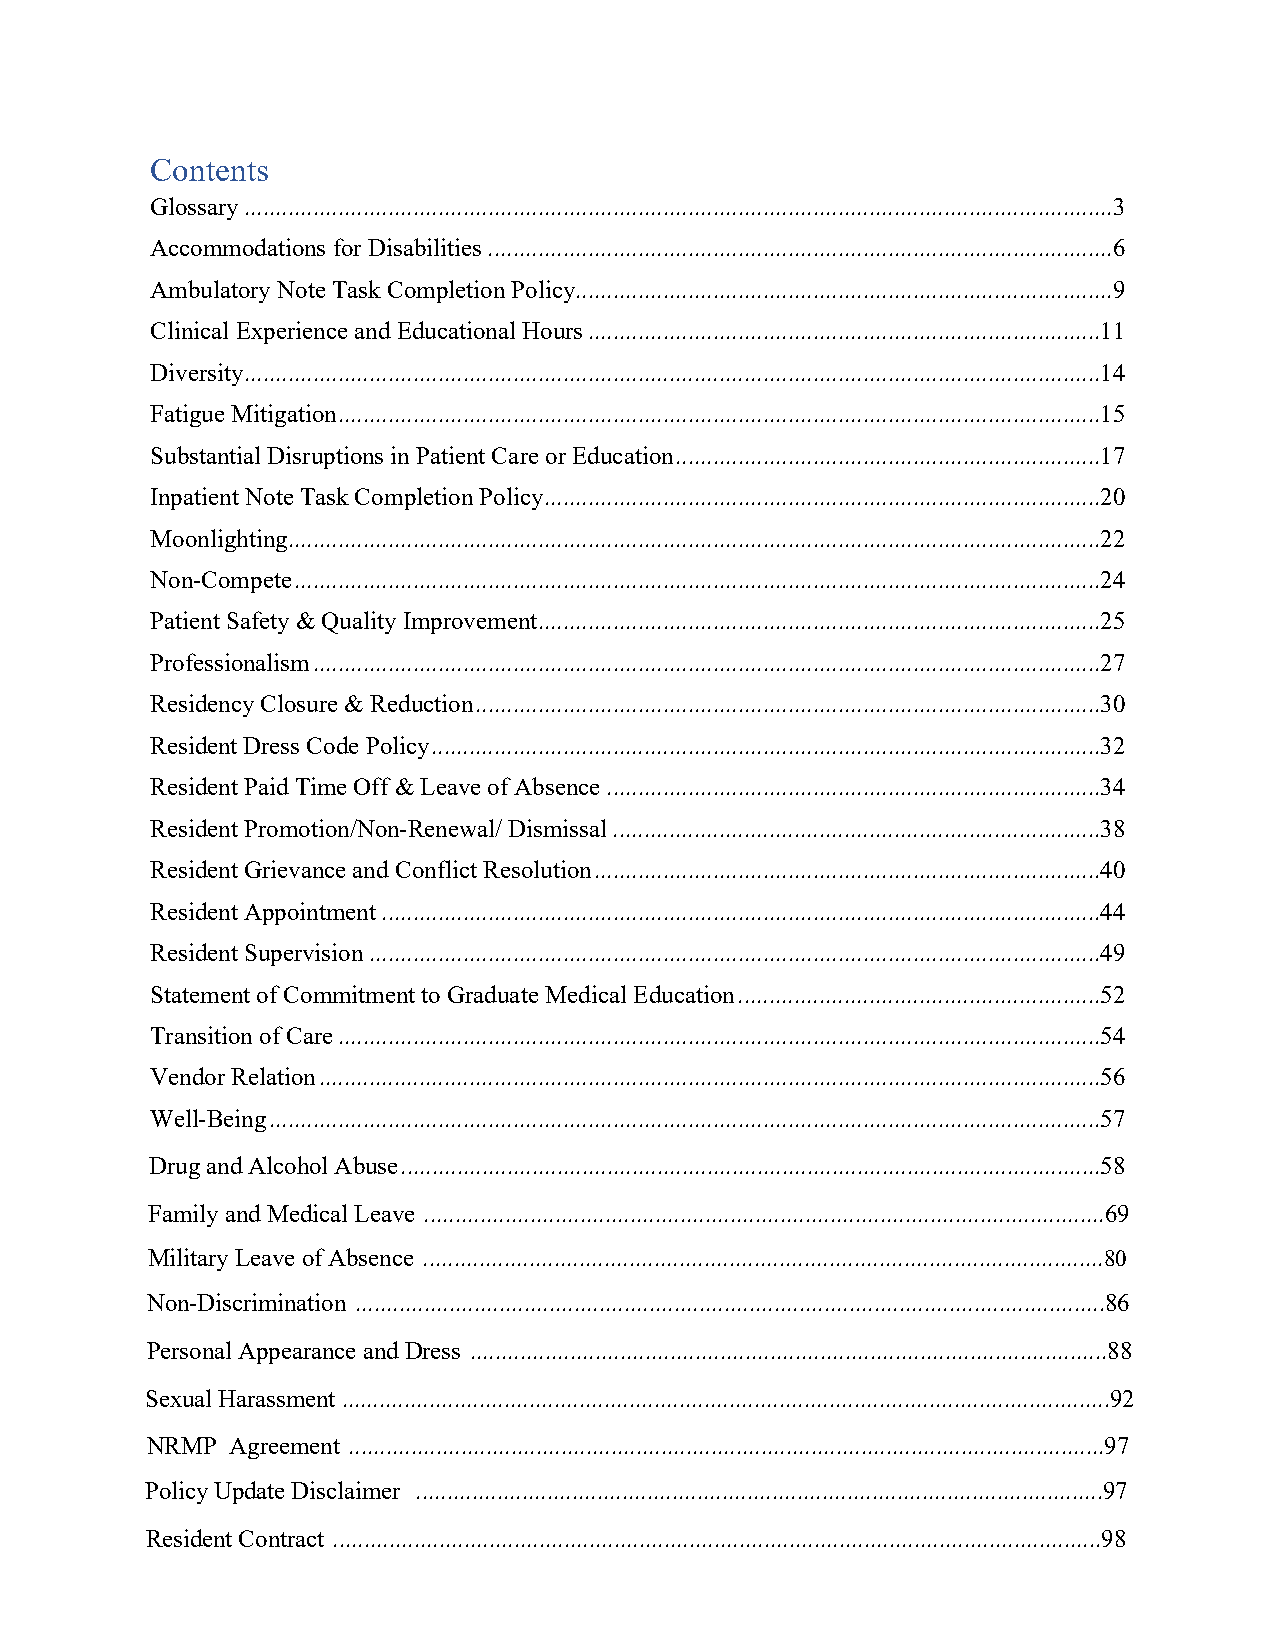
Contents
 Glossary ...........................................................................................................................................3
 Accommodations for Disabilities ....................................................................................................6
 Ambulatory Note Task Completion Policy......................................................................................9
 Clinical Experience and Educational Hours ..................................................................................11
 Diversity .........................................................................................................................................14
 Fatigue Mitigation ..........................................................................................................................15
 Substantial Disruptions in Patient Care or Education ....................................................................17
 Inpatient Note Task Completion Policy .........................................................................................20
 Moonlighting..................................................................................................................................22
 Non-Compete .................................................................................................................................24
 Patient Safety & Quality Improvement..........................................................................................25
 Professionalism ..............................................................................................................................27
 Residency Closure & Reduction ....................................................................................................30
 Resident Dress Code Policy ...........................................................................................................32
 Resident Paid Time Off & Leave of Absence ...............................................................................34
 Resident Promotion/Non-Renewal/ Dismissal ..............................................................................38
 Resident Grievance and Conflict Resolution .................................................................................40
 Resident Appointment ...................................................................................................................44
 Resident Supervision .....................................................................................................................49
 Statement of Commitment to Graduate Medical Education ..........................................................52
 Transition of Care ..........................................................................................................................54
 Vendor Relation .............................................................................................................................56
 Well-Being .....................................................................................................................................57
 Drug and Alcohol Abuse ................................................................................................................58
 Family and Medical Leave .............................................................................................................69
 Military Leave of Absence .............................................................................................................80
 Non-Discrimination ........................................................................................................................86
 Personal Appearance and Dress ......................................................................................................88
 Sexual Harassment ...........................................................................................................................92
 NRMP Agreement .........................................................................................................................97
 Policy Update Disclaimer ..............................................................................................................97
 Resident Contract ...........................................................................................................................98